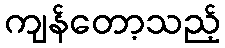
ကျန်တော့သည့်